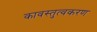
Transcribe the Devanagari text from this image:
कावस्तुत्वकरण